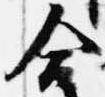
合